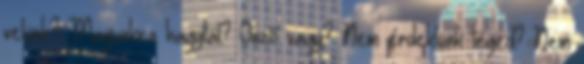
velünk? Magunkra hagytál? Önző vagy? Nem érdeklünk téged? Nem